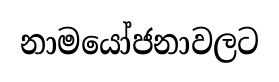
නාමයෝජනාවලට